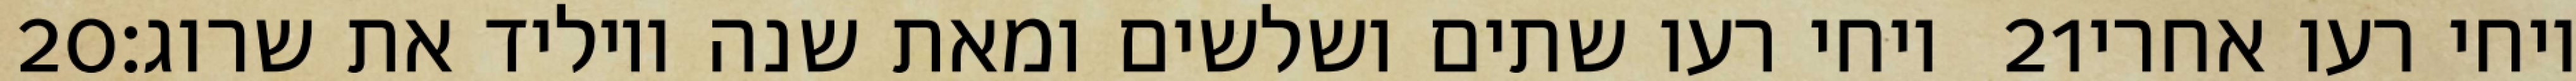
‎20‏ ויחי רעו שתים ושלשים ומאת שנה ויוליד את שרוג׃ ‎21‏ ויחי רעו אחרי